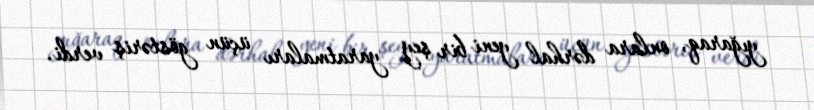
yığaraq, onlara dərhal yeni bir şey yaratmaları üçün göstəriş verdi.